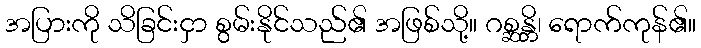
အပြားကို သိခြင်းငှာ စွမ်းနိုင်သည်၏ အဖြစ်သို့။ ဂစ္ဆန္တိ၊ ရောက်ကုန်၏။